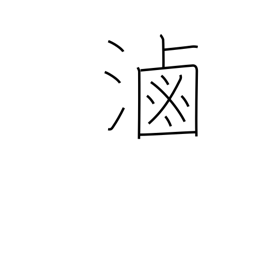
Meaning: brine